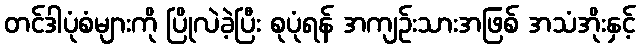
တင်ဒါပုံစံများကို ပြိုလဲခဲ့ပြီး စုပုံရန် အကျဉ်းသားအဖြစ် အသံအိုးနှင့်